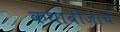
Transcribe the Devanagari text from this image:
कथाबीजाचे